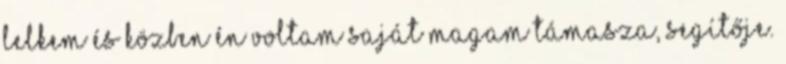
lelkem és közben én voltam saját magam támasza, segítője.